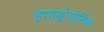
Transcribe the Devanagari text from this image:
हायड्रोपोनिक